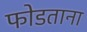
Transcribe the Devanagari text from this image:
फोडताना